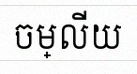
ចម្លើយ